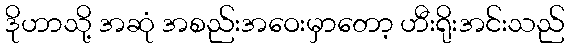
ဒိုဟာသို့ အဆုံ အစည်းအဝေးမှာတော့ ဟီးရိုးအင်းသည်